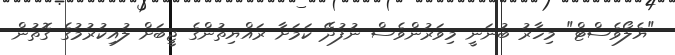
"ޔެލޯވެސްޓް" މިހާރު ބުނަނީ މިވަރުންވެސް ނުފުދޭ ކަމަށާ ރައްޔިތުންގެ ޖީބަށް ލުއިކުރުމުގެ ގޮތުން